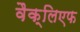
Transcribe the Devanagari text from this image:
वैक्लिएफ